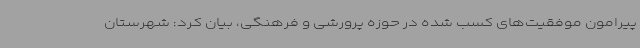
پیرامون موفقیت‌های کسب شده در حوزه پرورشی و فرهنگی، بیان کرد: شهرستان